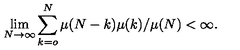
\lim _ { N \rightarrow \infty } \sum _ { k = o } ^ { N } \mu ( N - k ) \mu ( k ) / \mu ( N ) < \infty .